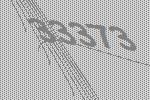
33373